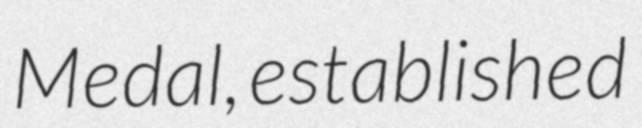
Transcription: Medal, established